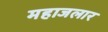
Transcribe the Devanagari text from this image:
महाजलार